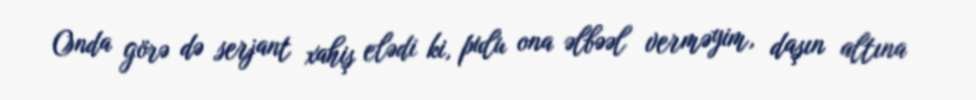
Onda görə də serjant xahiş elədi ki, pulu ona əlbəəl verməyim, daşın altına